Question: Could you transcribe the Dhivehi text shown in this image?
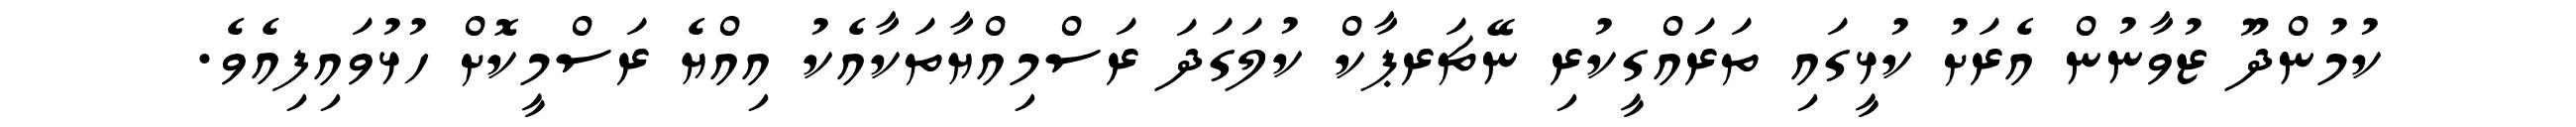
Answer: ކުމުންދޫ ޒުވާނުން އެރަށު ކުޅީގައި ތަރައްގީކުރި ނޭޗަރޕާކް ކުލަގަދަ ރަސްމިއްޔާތަކާއެކު އިއްޔެ ރަސްމީކޮށް ހުޅުވައިފިއެވެ.